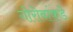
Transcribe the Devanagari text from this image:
गोरोबांकडे